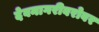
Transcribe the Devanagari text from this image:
देवनागरीबरोबर